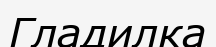
Гладилка